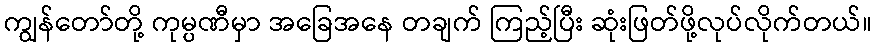
ကျွန်တော်တို့ ကုမ္ပဏီမှာ အခြေအနေ တချက် ကြည့်ပြီး ဆုံးဖြတ်ဖို့လုပ်လိုက်တယ်။